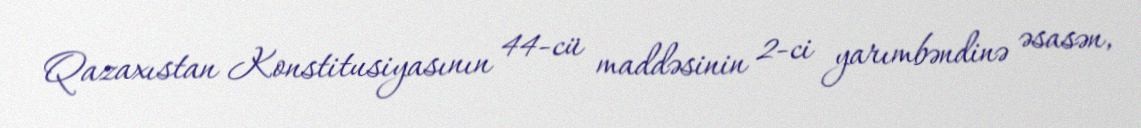
Qazaxıstan Konstitusiyasının 44-cü maddəsinin 2-ci yarımbəndinə əsasən,